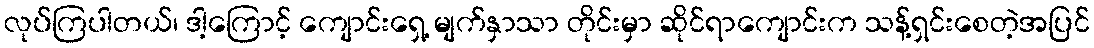
လုပ်ကြပါတယ်၊ ဒါ့ကြောင့် ကျောင်းရှေ့ မျက်နှာသာ တိုင်းမှာ ဆိုင်ရာကျောင်းက သန့်ရှင်းစေတဲ့အပြင်